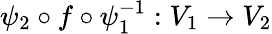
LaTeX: \psi_{2}\circ f\circ\psi_{1}^{-1}:V_{1}\to V_{2}